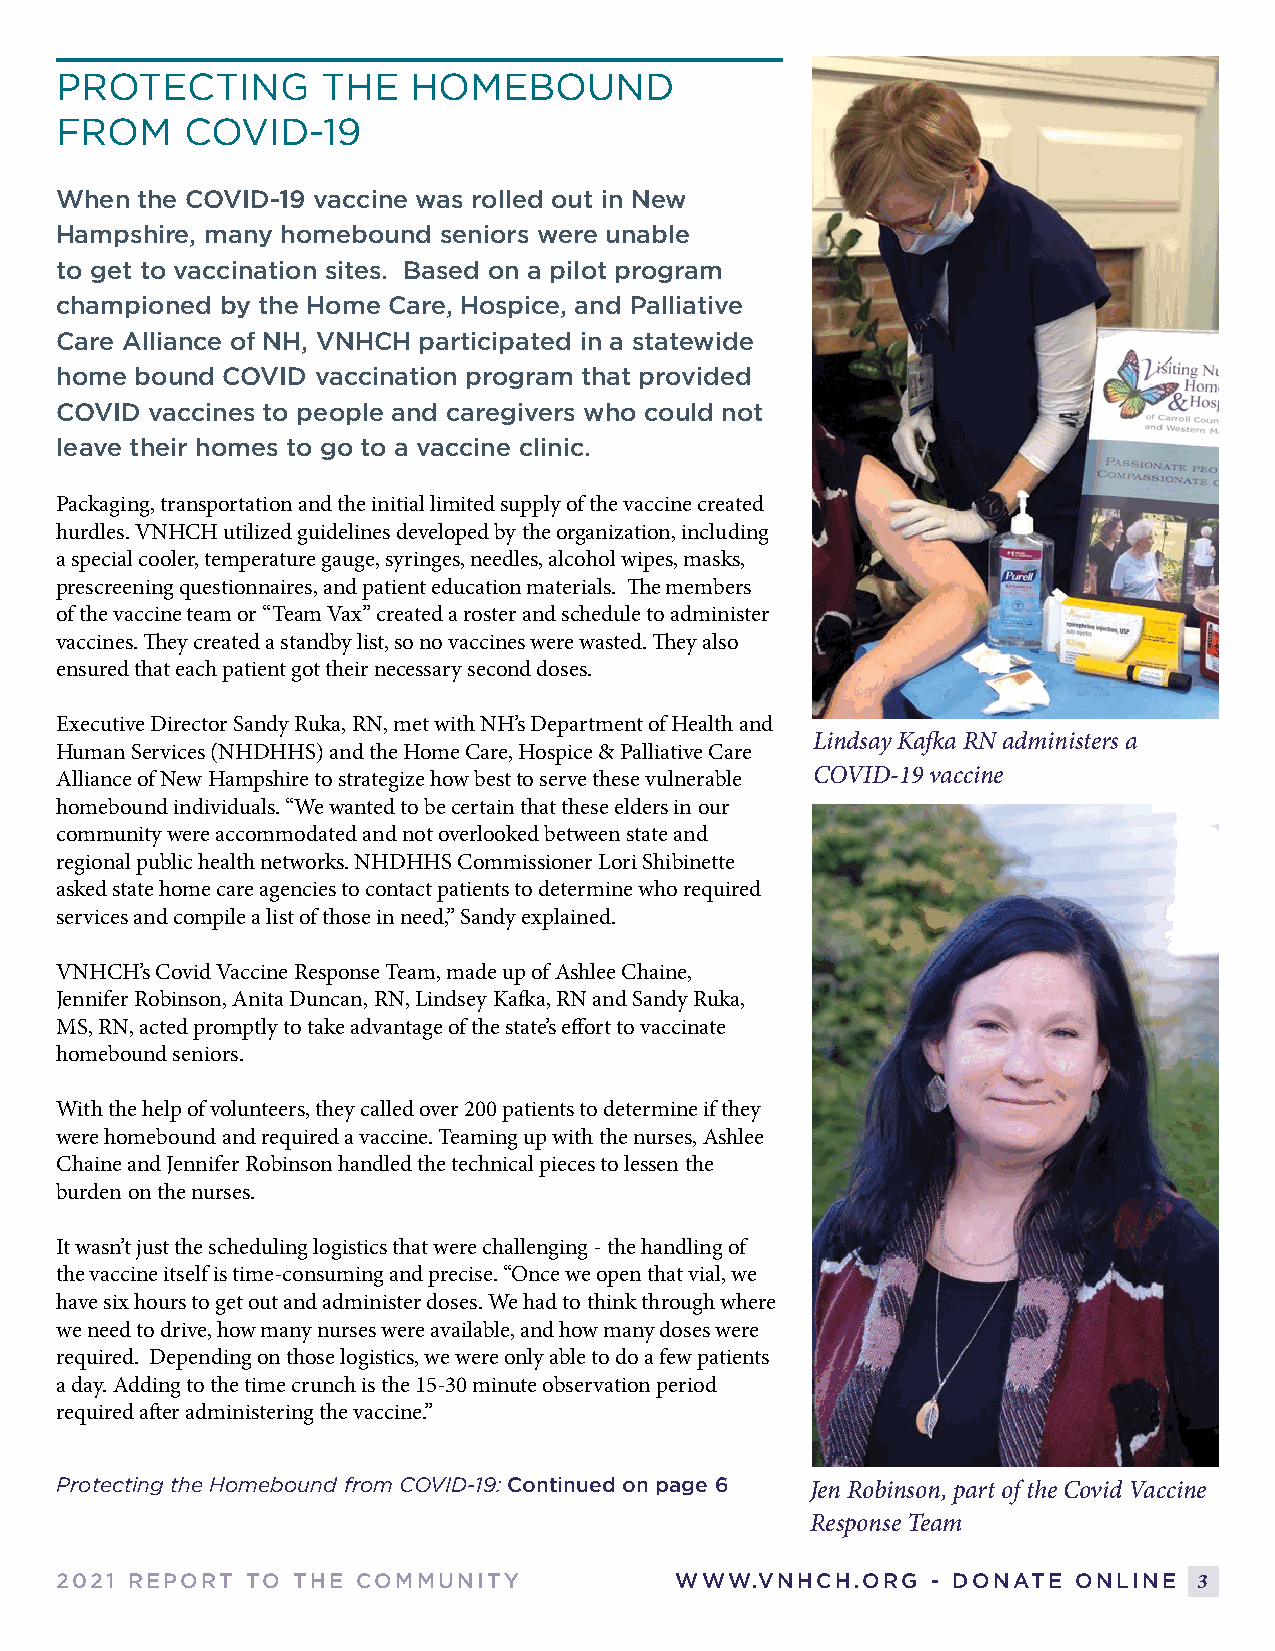
PROTECTING       THE   HOMEBOUND
 FROM    COVID-19
 When the COVID-19 vaccine was rolled out in New
 Hampshire, many homebound seniors were unable
 to get to vaccination sites. Based on a pilot program
 championed by the Home Care, Hospice, and Palliative
 Care Alliance of NH, VNHCH participated in a statewide
 home bound COVID vaccination program that provided
 COVID vaccines to people and caregivers who could not
 leave their homes to go to a vaccine clinic.
 Packaging, transportation and the initial limited supply of the vaccine created
 hurdles. VNHCH utilized guidelines developed by the organization, including
 a special cooler, temperature gauge, syringes, needles, alcohol wipes, masks,
 prescreening questionnaires, and patient education materials. The members
 of the vaccine team or “Team Vax” created a roster and schedule to administer
 vaccines. They created a standby list, so no vaccines were wasted. They also
 ensured that each patient got their necessary second doses.
 Executive Director Sandy Ruka, RN, met with NH’s Department of Health and
 Lindsay Kafka RN administers a
 Human Services (NHDHHS) and the Home Care, Hospice & Palliative Care
 Alliance of New Hampshire to strategize how best to serve these vulnerable COVID-19 vaccine
 homebound individuals. “We wanted to be certain that these elders in our
 community were accommodated and not overlooked between state and
 regional public health networks. NHDHHS Commissioner Lori Shibinette
 asked state home care agencies to contact patients to determine who required
 services and compile a list of those in need,” Sandy explained.
 VNHCH’s Covid Vaccine Response Team, made up of Ashlee Chaine,
 Jennifer Robinson, Anita Duncan, RN, Lindsey Kafka, RN and Sandy Ruka,
 MS, RN, acted promptly to take advantage of the state’s effort to vaccinate
 homebound seniors.
 With the help of volunteers, they called over 200 patients to determine if they
 were homebound and required a vaccine. Teaming up with the nurses, Ashlee
 Chaine and Jennifer Robinson handled the technical pieces to lessen the
 burden on the nurses.
 It wasn’t just the scheduling logistics that were challenging - the handling of
 the vaccine itself is time-consuming and precise. “Once we open that vial, we
 have six hours to get out and administer doses. We had to think through where
 we need to drive, how many nurses were available, and how many doses were
 required. Depending on those logistics, we were only able to do a few patients
 a day. Adding to the time crunch is the 15-30 minute observation period
 required after administering the vaccine.”
 Protecting the Homebound from COVID-19: Continued on page 6 Jen Robinson, part of the Covid Vaccine
 Response Team
 2021 REPORT TO THE  COMMUNITY            WWW.VNHCH.ORG    - DONATE ONLINE  3